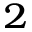
^ 2